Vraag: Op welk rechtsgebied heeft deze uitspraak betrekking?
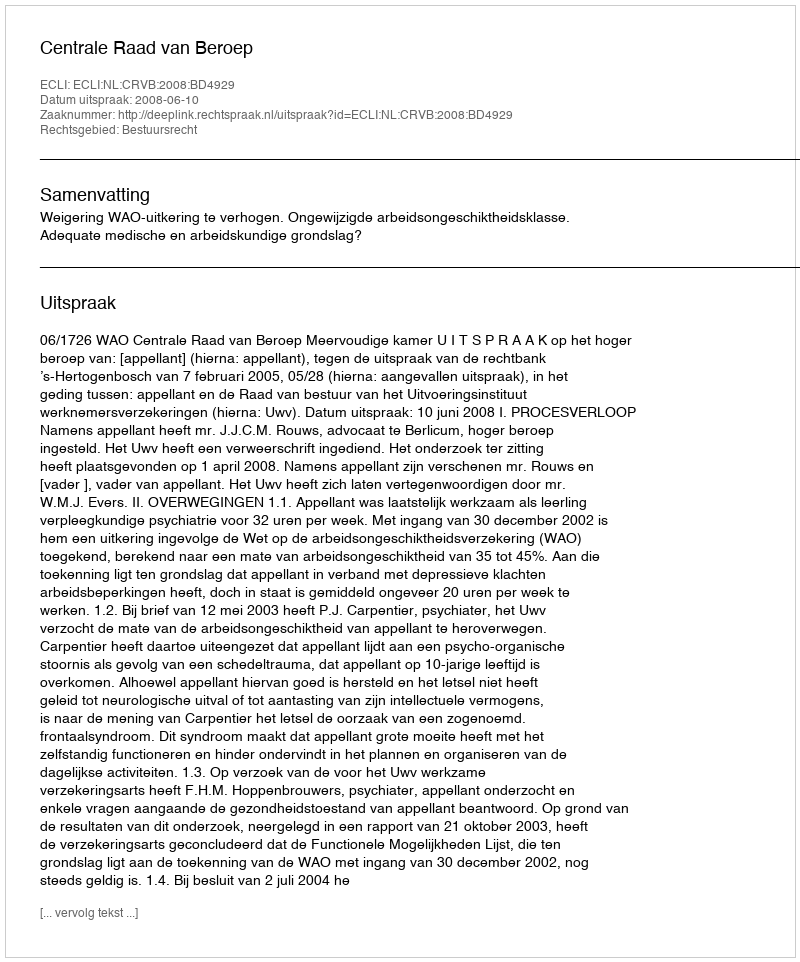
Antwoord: Bestuursrecht